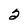
Character: 2